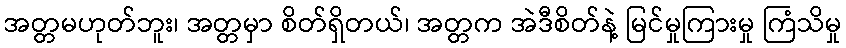
အတ္တမဟုတ်ဘူး၊ အတ္တမှာ စိတ်ရှိတယ်၊ အတ္တက အဲဒီစိတ်နဲ့ မြင်မှုကြားမှု ကြံသိမှု